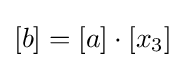
[b]=[a]\cdot [x_{3}]